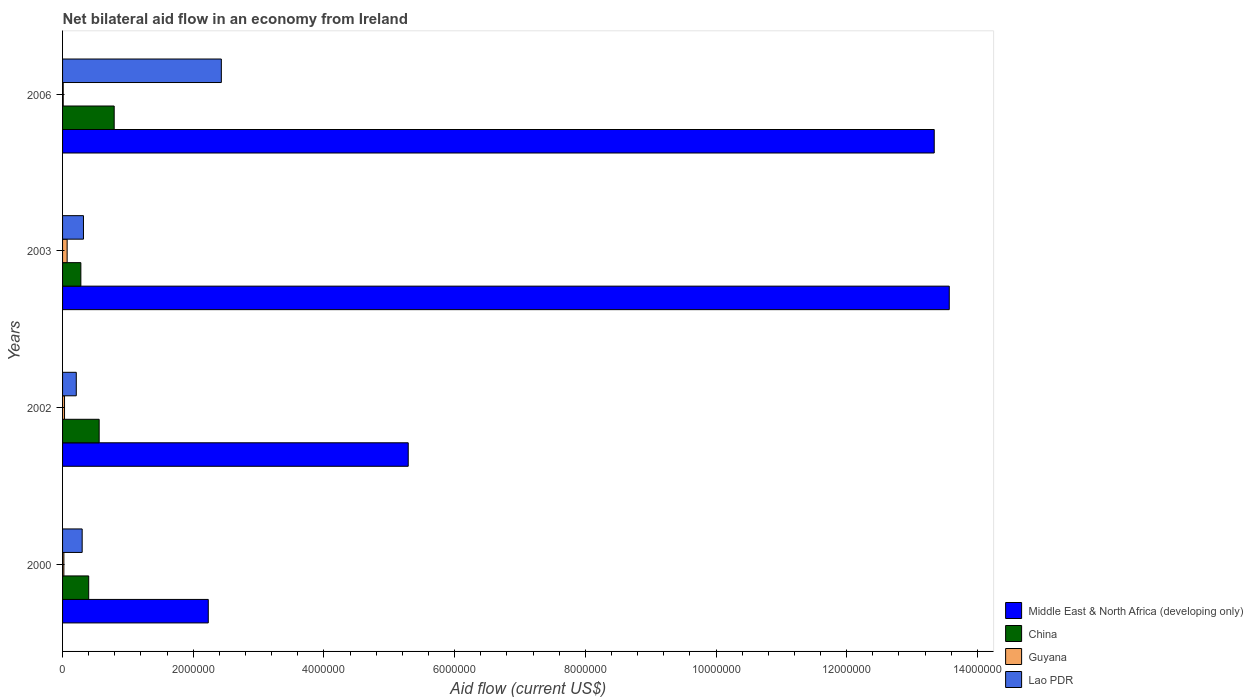
| Years | Middle East & North Africa (developing only) | China | Guyana | Lao PDR |
 | --- | --- | --- | --- | --- |
 | 2000 | 2.23e+06 | 4e+05 | 2e+04 | 3e+05 |
 | 2002 | 5.29e+06 | 5.6e+05 | 3e+04 | 2.1e+05 |
 | 2003 | 1.36e+07 | 2.8e+05 | 7e+04 | 3.2e+05 |
 | 2006 | 1.33e+07 | 7.9e+05 | 1e+04 | 2.43e+06 |